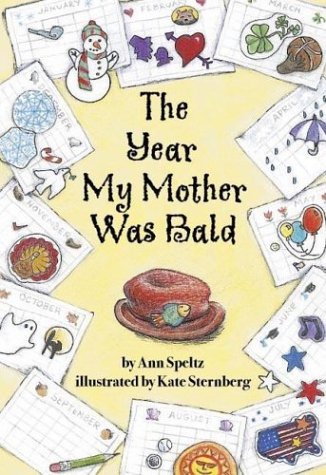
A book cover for The Year My Mother Was Bald; Ann Speltz; Parenting & Relationships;